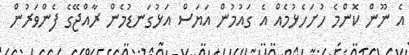
އެ ނޫން ކޮންމެ ހުށަހެޅުމެއް އެ ގައުމުން އަޔަސް އަޅުގަނޑުމެން ރާއްޖޭގެ ފެންވަރުން